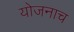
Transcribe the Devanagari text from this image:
योजनाच